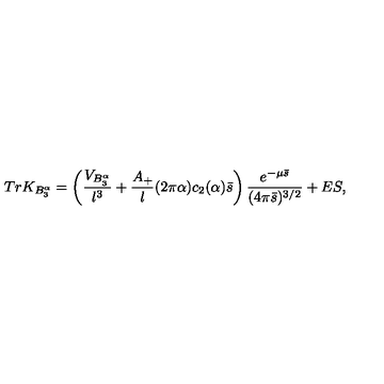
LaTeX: T r K _ { B _ { 3 } ^ { \alpha } } = \left( { \frac { V _ { B _ { 3 } ^ { \alpha } } } { l ^ { 3 } } } + { \frac { A _ { + } } { l } } ( 2 \pi \alpha ) c _ { 2 } ( \alpha ) \bar { s } \right) { \frac { e ^ { - \mu \bar { s } } } { ( 4 \pi \bar { s } ) ^ { 3 / 2 } } } + E S ,